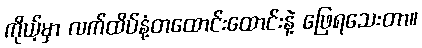
ကိုယ့်မှာ လက်ထိပ်နံ့တထောင်းထောင်းနဲ့ ဖြေရသေးတာ။